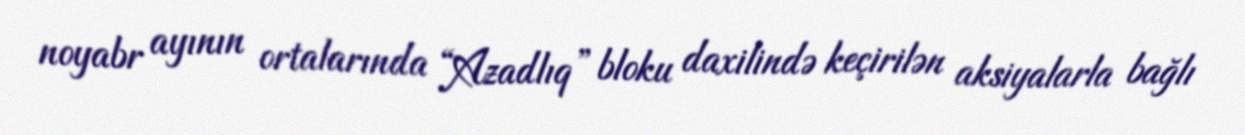
noyabr ayının ortalarında “Azadlıq” bloku daxilində keçirilən aksiyalarla bağlı